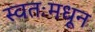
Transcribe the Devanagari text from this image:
स्वतःमधून